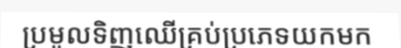
ប្រមូលទិញឈើគ្រប់ប្រភេទយកមក